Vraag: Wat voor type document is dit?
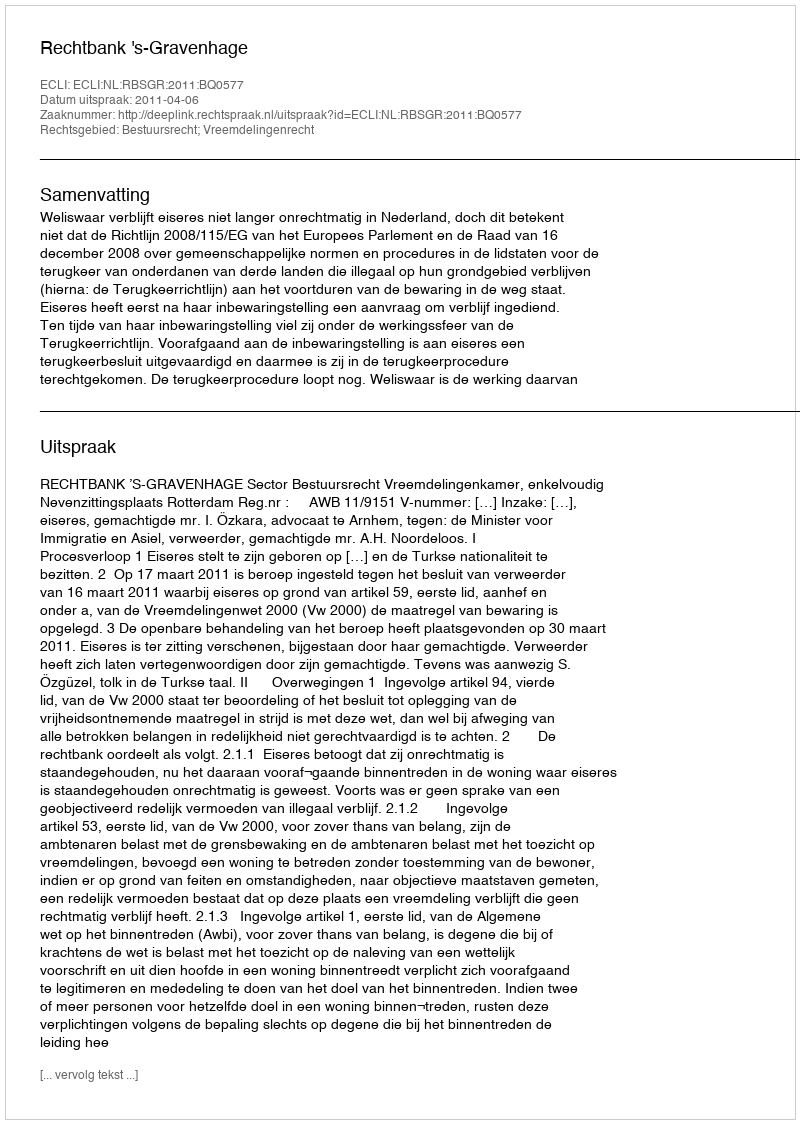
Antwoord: Uitspraak